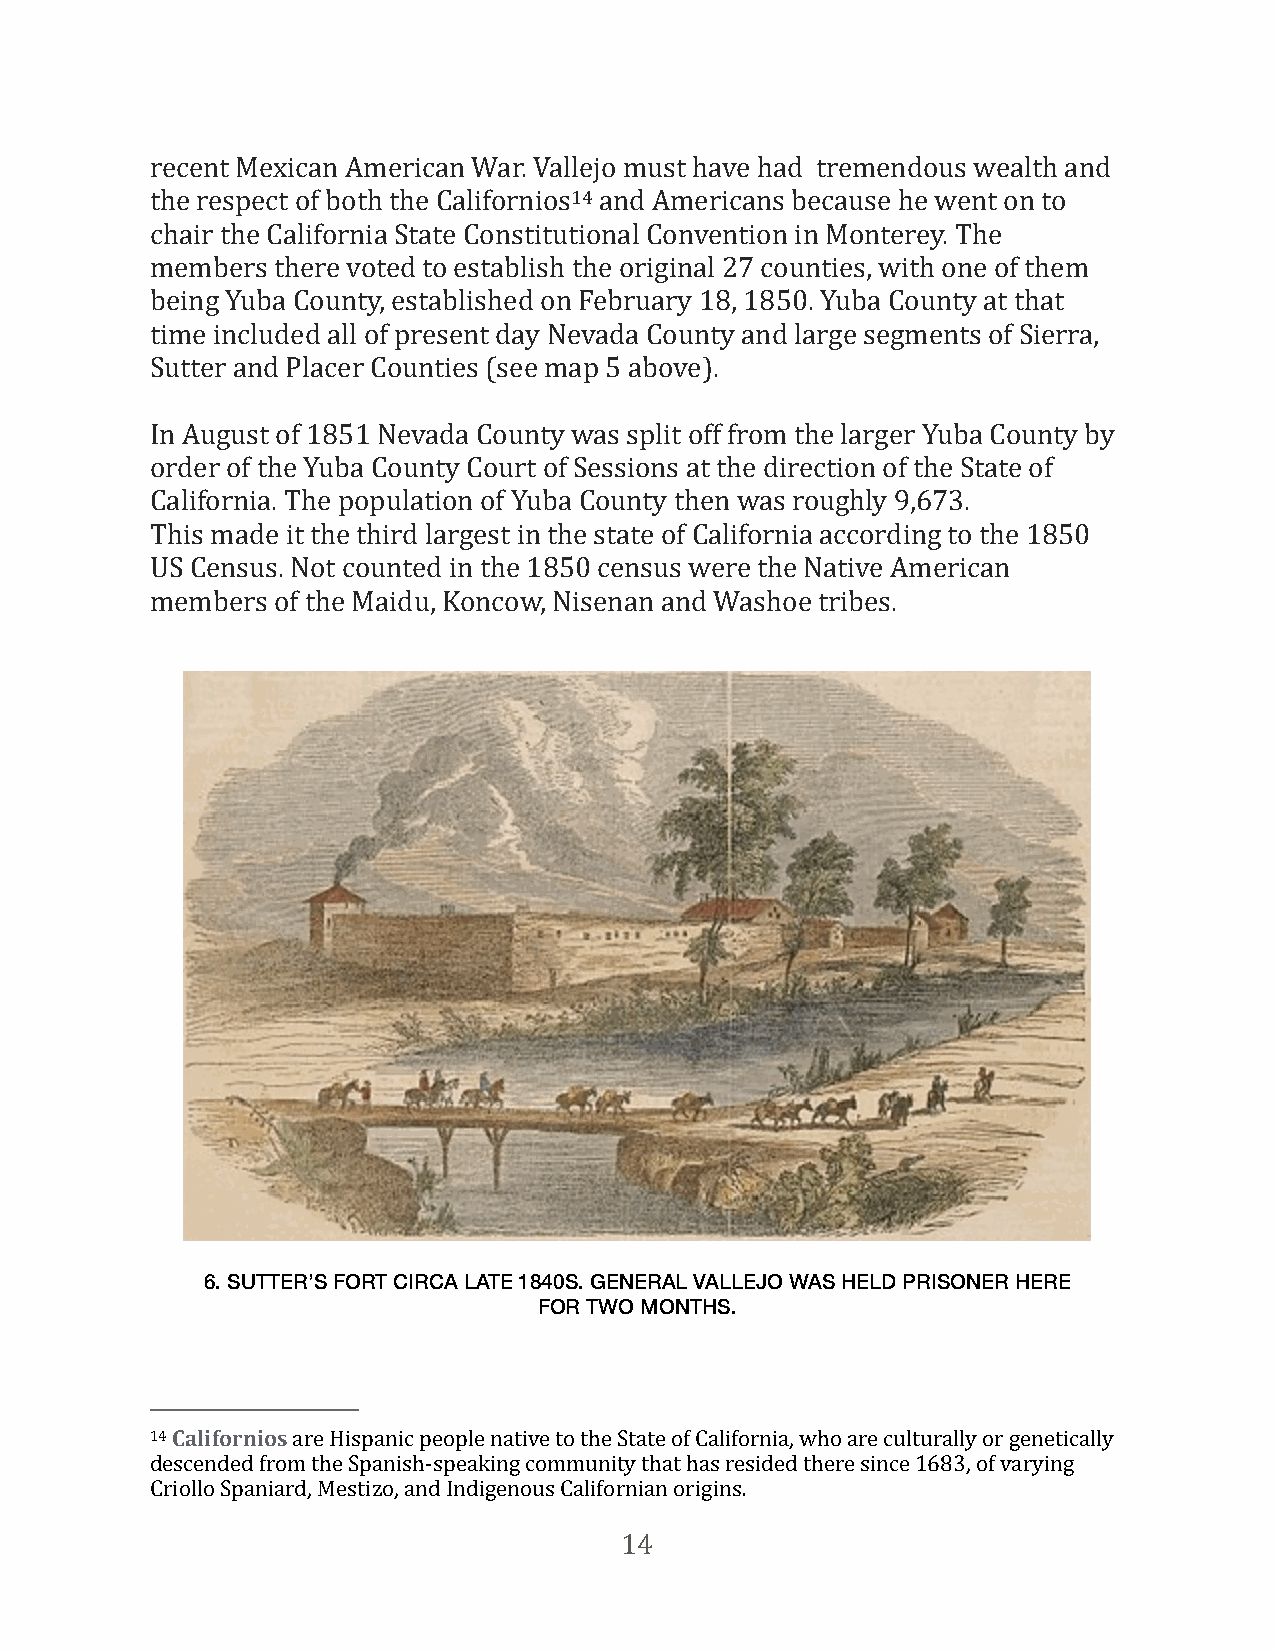
recent Mexican American War. Vallejo must have had tremendous wealth and
 the respect of both the Californios14 and Americans because he went on to
 chair the California State Constitutional Convention in Monterey. The
 members there voted to establish the original 27 counties, with one of them
 being Yuba County, established on February 18, 1850. Yuba County at that
 time included all of present day Nevada County and large segments of Sierra,
 Sutter and Placer Counties (see map 5 above).
 In August of 1851 Nevada County was split off from the larger Yuba County by
 order of the Yuba County Court of Sessions at the direction of the State of
 California. The population of Yuba County then was roughly 9,673.
 This made it the third largest in the state of California according to the 1850
 US Census. Not counted in the 1850 census were the Native American
 members of the Maidu, Koncow, Nisenan and Washoe tribes.
 6. SUTTER’S FORT CIRCA LATE 1840S. GENERAL VALLEJO WAS HELD PRISONER HERE
 FOR TWO MONTHS.
 14 Californios are Hispanic people native to the State of California, who are culturally or genetically
 descended from the Spanish-speaking community that has resided there since 1683, of varying
 Criollo Spaniard, Mestizo, and Indigenous Californian origins.
 14